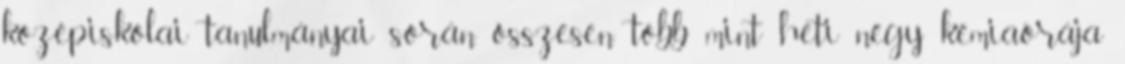
középiskolai tanulmányai során összesen több mint heti négy kémiaórája